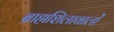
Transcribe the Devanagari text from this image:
ब्राह्मशिलावालों